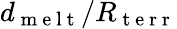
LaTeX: d_{\mathrm{~m~e~l~t~}}/R_{\mathrm{~t~e~r~r~}}